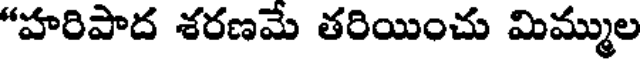
"హరిపాద శరణమే తరియించు మిమ్ముల